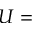
U =